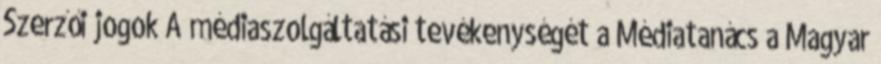
Szerzői jogok A médiaszolgáltatási tevékenységét a Médiatanács a Magyar